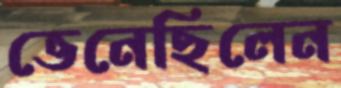
ভেনেছিলেন